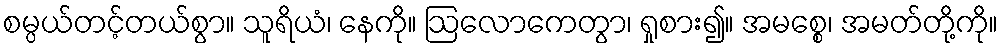
စမ္ပယ်တင့်တယ်စွာ။ သူရိယံ၊ နေကို။ ဩလောကေတွာ၊ ရှုစား၍။ အမစ္စေ၊ အမတ်တို့ကို။